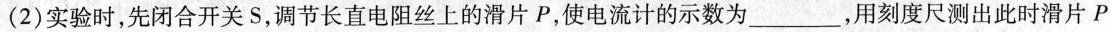
(2)实验时，先闭合开关S，调节长直电阻丝上的滑片P，使电流计的示数为___，用刻度尺测出此时滑片P